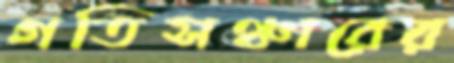
গতিসঞ্চারের